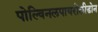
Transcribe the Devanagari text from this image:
पोल्विनलपायरोलीडोन